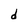
Character: d